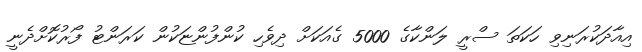
އިއާދަކުރަނިވި ހަކަތަ ސްރީ ލަންކާގެ 5000 ގެއަކަށް ދިވެހި ކުންފުންޏަކުން ކަރަންޓު ފޯރުކޮށްދެނީ